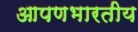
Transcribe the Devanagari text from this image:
आपणभारतीय